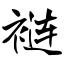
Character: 裢